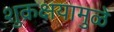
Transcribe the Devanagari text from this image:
शुक्रक्षयामुळे